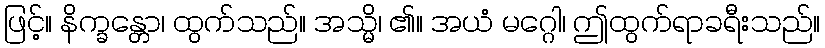
ဖြင့်။ နိက္ခန္တော၊ ထွက်သည်။ အသ္မိ၊ ၏။ အယံ မဂ္ဂေါ၊ ဤထွက်ရာခရီးသည်။